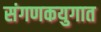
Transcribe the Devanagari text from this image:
संगणकयुगात